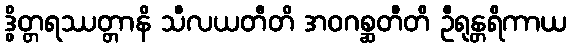
ဒွိတ္တရဿတ္တာနိ သီလယတီတိ အဝဂစ္ဆတီတိ ဦရုန္တရိကာယ